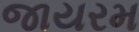
જાયરમ